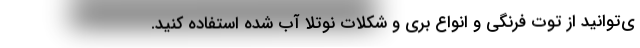
ی‌توانید از توت فرنگی و انواع بری و شکلات نوتلا آب شده استفاده کنید.